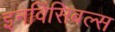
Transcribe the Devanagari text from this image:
इनविंसिबल्स